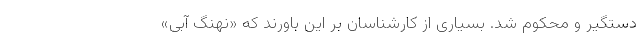
دستگیر و محکوم شد. بسیاری از کارشناسان بر این باورند که «نهنگ آبی»